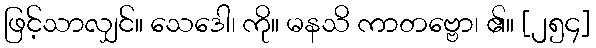
ဖြင့်သာလျှင်။ သေဒေါ၊ ကို။ မနသိ ကာတဗ္ဗော၊ ၏။ [၂၅၄]